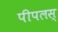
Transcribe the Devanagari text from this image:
पीपलस्